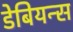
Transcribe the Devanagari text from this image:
डेबियन्स